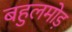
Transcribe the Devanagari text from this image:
बहुलमोड़